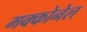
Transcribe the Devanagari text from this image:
मक्कोनेल